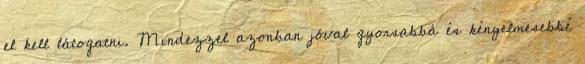
el kell látogatni. Mindezzel azonban jóval gyorsabbá és kényelmesebbé